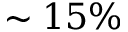
\sim 1 5 \%